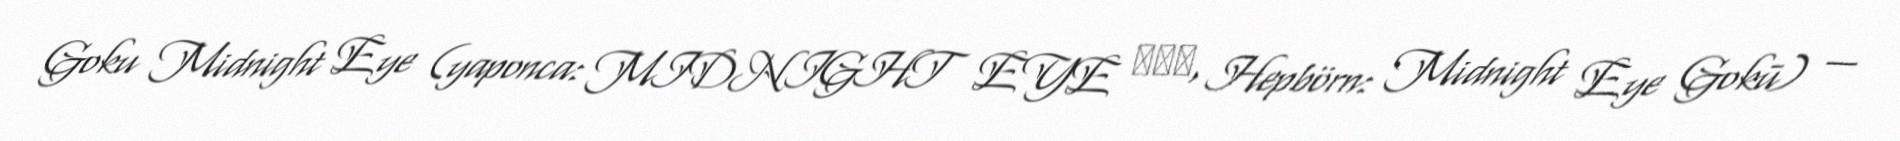
Goku Midnight Eye (yaponca: MIDNIGHT EYE ゴクウ, Hepbörn: Midnight Eye Gokū) —